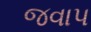
જવાપ